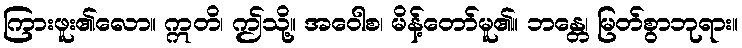
ကြားဖူး၏လော။ ဣတိ၊ ဤသို့။ အဝေါစ၊ မိန့်တော်မူ၏။ ဘန္တေ၊ မြတ်စွာဘုရား။